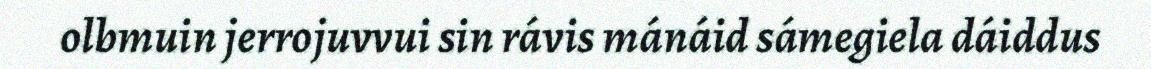
olbmuin jerrojuvvui sin rávis mánáid sámegiela dáiddus